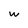
Character: w